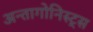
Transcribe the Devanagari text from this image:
अन्तागोनिस्ट्स